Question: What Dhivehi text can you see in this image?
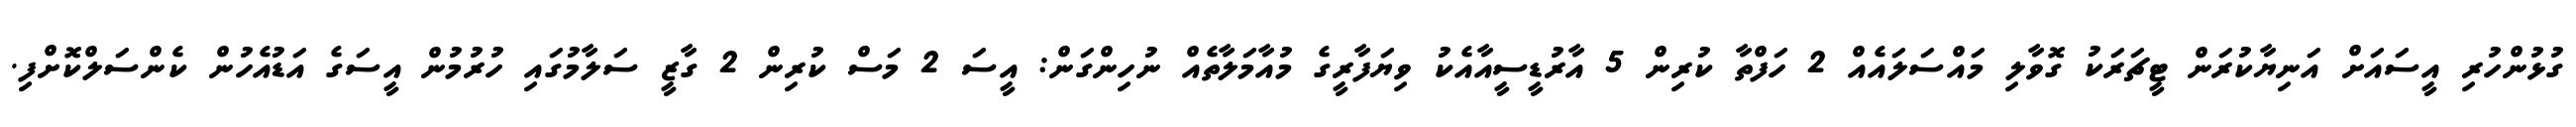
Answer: ގުޅުންހުރި އީސައަށް އަނިޔާކުރަން ޓީޗަރަކު ގޮވާލި މައްސަލައެއް 2 ހަފްތާ ކުރިން 5 އާރުޑީސީއާއެކު ވިޔަފާރީގެ މުއާމަލާތެއް ނުހިންގަން: އީސަ 2 މަސް ކުރިން 2 ގާޒީ ސަލާމުގައި ހުރުމުން އީސަގެ އަޑުއެހުން ކެންސަލްކޮށްފި.